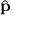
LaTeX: \hat { \mathbf { p } }